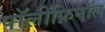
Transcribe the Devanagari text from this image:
पॉलीफ़िनॉल